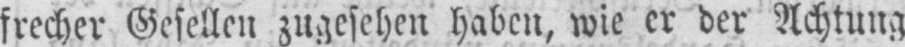
frecher Gesellen zugesehen haben, wie er der Achtung